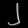
Digit: ၂